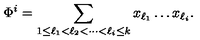
\Phi ^ { i } = \sum _ { 1 \leq \ell _ { 1 } < \ell _ { 2 } < \cdots < \ell _ { i } \leq k } x _ { \ell _ { 1 } } \ldots x _ { \ell _ { i } } .